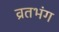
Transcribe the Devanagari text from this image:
व्रतभंग